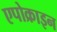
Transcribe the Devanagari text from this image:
एपोक्राइन